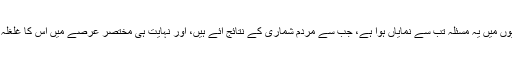
اخبارات کی سرخیوں میں یہ مسئلہ تب سے نمایاں ہوا ہے، جب سے مردم شماری کے نتائج آئے ہیں، اور نہایت ہی مختصر عرصے میں اِس کا غلغلہ کم بھی ہوگیا ہے۔